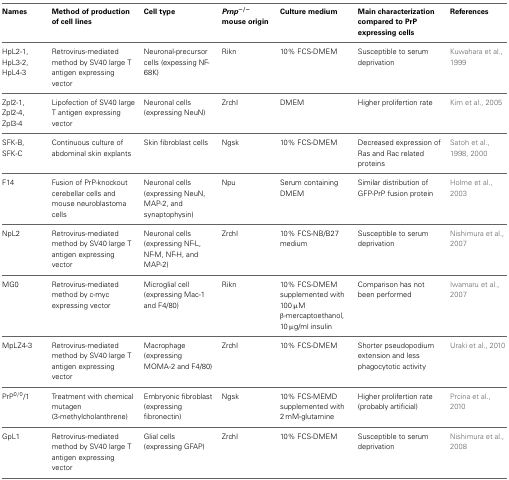
| Names | Method of production of cell lines | Cell type | Prnp−/− mouse origin | Culture medium | Main characterization compared to PrP expressing cells | References |
 | --- | --- | --- | --- | --- | --- | --- |
 | HpL2-1, HpL3-2, HpL4-3 | Retrovirus-mediated method by SV40 large T antigen expressing vector | Neuronal-precursor cells (expessing NF- 68K) | Rikn | 10% FCS-DMEM | Susceptible to serum deprivation | Kuwahara et al., 1999 |
 | Zpl2-1, Zpl2-4, Zpl3-4 | Lipofection of SV40 large T antigen expressing vector | Neuronal cells (expressing NeuN) | ZrchI | DMEM | Higher prolifertion rate | Kim et al., 2005 |
 | SFK-B, SFK-C | Continuous culture of abdominal skin explants | Skin fibroblast cells | Ngsk | 10% FCS-DMEM | Decreased expression of Ras and Rac related proteins | Satoh et al., 1998, 2000 |
 | F14 | Fusion of PrP-knockout cerebellar cells and mouse neuroblastoma cells | Neuronal cells (expressing NeuN, MAP-2, and synaptophysin) | Npu | Serum containing DMEM | Similar distribution of GFP-PrP fusion protein | Holme et al., 2003 |
 | NpL2 | Retrovirus-mediated method by SV40 large T antigen expressing vector | Neuronal cells (expressing NF-L, NF-M, NF-H, and MAP-2) | ZrchI | 10% FCS-NB/B27 medium | Susceptible to serum deprivation | Nishimura et al., 2007 |
 | MG0 | Retrovirus-mediated method by c-myc expressing vector | Microglial cell (expressing Mac-1 and F4/80) | Rikn | 10% FCS-DMEM supplemented with 100 μM β-mercaptoethanol, 10 μg/ml insulin | Comparison has not been performed | Iwamaru et al., 2007 |
 | MpLZ4-3 | Retrovirus-mediated method by SV40 large T antigen expressing vector | Macrophage (expressing MOMA-2 and F4/80) | ZrchI | 10% FCS-DMEM | Shorter pseudopodium extension and less phagocytotic activity | Uraki et al., 2010 |
 | PrP0/0/1 | Treatment with chemical mutagen (3-methylcholanthrene) | Embryonic fibroblast (expressing fibronectin) | Ngsk | 10% FCS-MEMD supplemented with 2 mM-glutamine | Higher prolifertion rate (probably artificial) | Prcina et al., 2010 |
 | GpL1 | Retrovirus-mediated method by SV40 large T antigen expressing vector | Glial cells (expressing GFAP) | ZrchI | 10% FCS-DMEM | Susceptible to serum deprivation | Nishimura et al., 2008 |